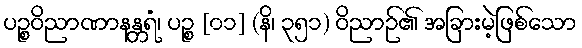
ပဉ္စဝိညာဏာနန္တရံ၊ ပဉ္စ [၀၁] (နိ၊ ၃၅၁) ဝိညာဉ်၏ အခြားမဲ့ဖြစ်သော